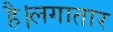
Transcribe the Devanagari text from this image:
है।लगातार